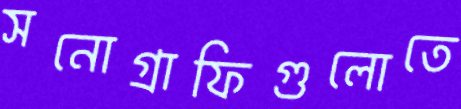
সনোগ্রাফিগুলোতে